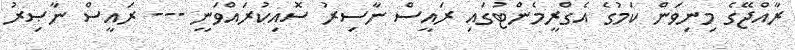
ރާއްޖޭގެ މިނިވަން ކަމުގެ އެގްރީމެންޓުގައި ރައީސް ނާސިރު ސޮއިކުރައްވަނީ --- ރައީސް ނާޞިރު